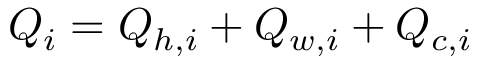
Q _ { i } = Q _ { h , i } + Q _ { w , i } + Q _ { c , i }